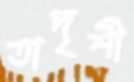
তাদৃশী